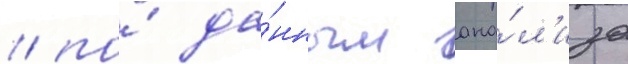
/ по́ да́нным ана́л'иза